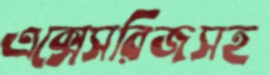
এক্সেসরিজসহ